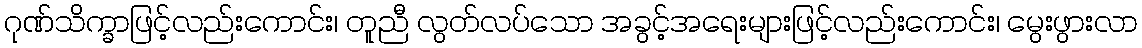
ဂုဏ်သိက္ခာဖြင့်လည်းကောင်း၊ တူညီ လွတ်လပ်သော အခွင့်အရေးများဖြင့်လည်းကောင်း၊ မွေးဖွားလာ